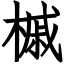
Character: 槭